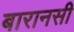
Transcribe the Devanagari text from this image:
बारानसी